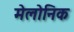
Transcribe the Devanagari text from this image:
मेलोनिक